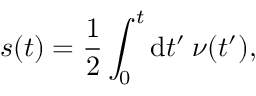
s ( t ) = \frac { 1 } { 2 } \int _ { 0 } ^ { t } \mathrm { d } t ^ { \prime } \medspace \nu ( t ^ { \prime } ) ,